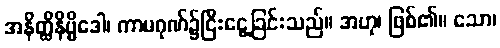
အနိတ္ထိနိဗ္ဗိဒေါ၊ ကာမဂုဏ်၌ငြီးငွေ့ခြင်းသည်။ အဟု၊ ဖြစ်၏။ သော၊